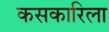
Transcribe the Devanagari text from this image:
कसकारिला